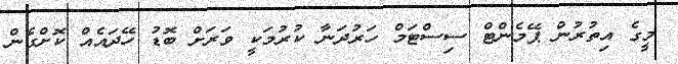
މީގެ އިތުރުން ޕޭމެންޓް ސިސްޓަމް ހަރުދަނާ ކުރުމަކީ ވަރަށް ބޮޑު ހޭދައެއް ކޮށްގެން